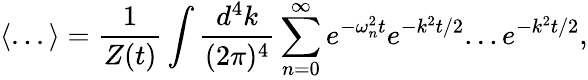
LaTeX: \langle...\rangle=\frac{1}{Z(t)}\int\frac{d^{4}k}{(2\pi)^{4}}\sum_{n=0}^{\infty}e^{-\omega_{n}^{2}t}e^{-k^{2}t/2}...e^{-k^{2}t/2},